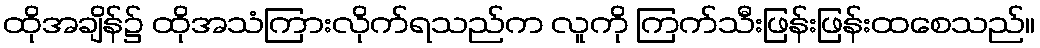
ထိုအချိန်၌ ထိုအသံကြားလိုက်ရသည်က လူကို ကြက်သီးဖြန်းဖြန်းထစေသည်။